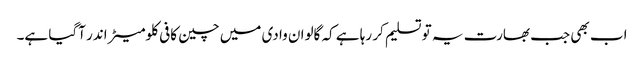
اب بھی جب بھارت یہ تو تسلیم کر رہا ہے کہ گالوان وادی میں چین کافی کلومیٹر اندر آگیا ہے۔